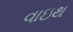
વાઇથ